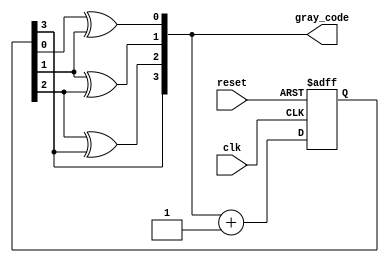
module gray_code_counter (
    input wire clk,
    input wire reset,
    output reg [3:0] gray_code
);

reg [3:0] next_gray_code;

always @(posedge clk or posedge reset) begin
    if (reset) begin
        next_gray_code <= 4'b0;
    end else begin
        next_gray_code <= gray_code + 1;
    end
end

always @* begin
    gray_code[0] = next_gray_code[0] ^ next_gray_code[1];
    gray_code[1] = next_gray_code[1] ^ next_gray_code[2];
    gray_code[2] = next_gray_code[2] ^ next_gray_code[3];
    gray_code[3] = next_gray_code[3];
end

endmodule